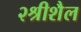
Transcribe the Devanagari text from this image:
२श्रीशैल